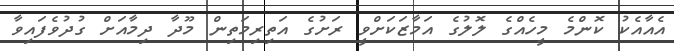
އެއާއެކު ކޮންމެ މީހެއްގެ ލޮލުގެ އަމާޒަކަށްވީ ރަށުގެ އަތިރިމަތިން މޫދާ ދިމާއަށް ގުދުވެފައިވާ